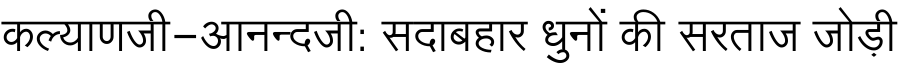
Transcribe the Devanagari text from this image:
कल्याणजी-आनन्दजी: सदाबहार धुनों की सरताज जोड़ी